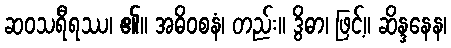
ဆဝသရီရဿ၊ ၏။ အဓိဝစနံ၊ တည်း။ ဒွိဓာ၊ ဖြင့်။ ဆိန္ဒနေန၊